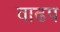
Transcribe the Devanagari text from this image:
वाढप